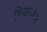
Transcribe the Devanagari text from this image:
गियरलेस